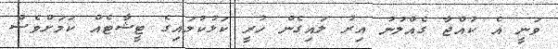
ވަނީ އެ ކުއްޖާ ގެއްލުނު އިރު ލައިގެން ހުރީ ކަޅުކުލައިގެ ޓީޝާޓެއް ކަމަށްވެސް